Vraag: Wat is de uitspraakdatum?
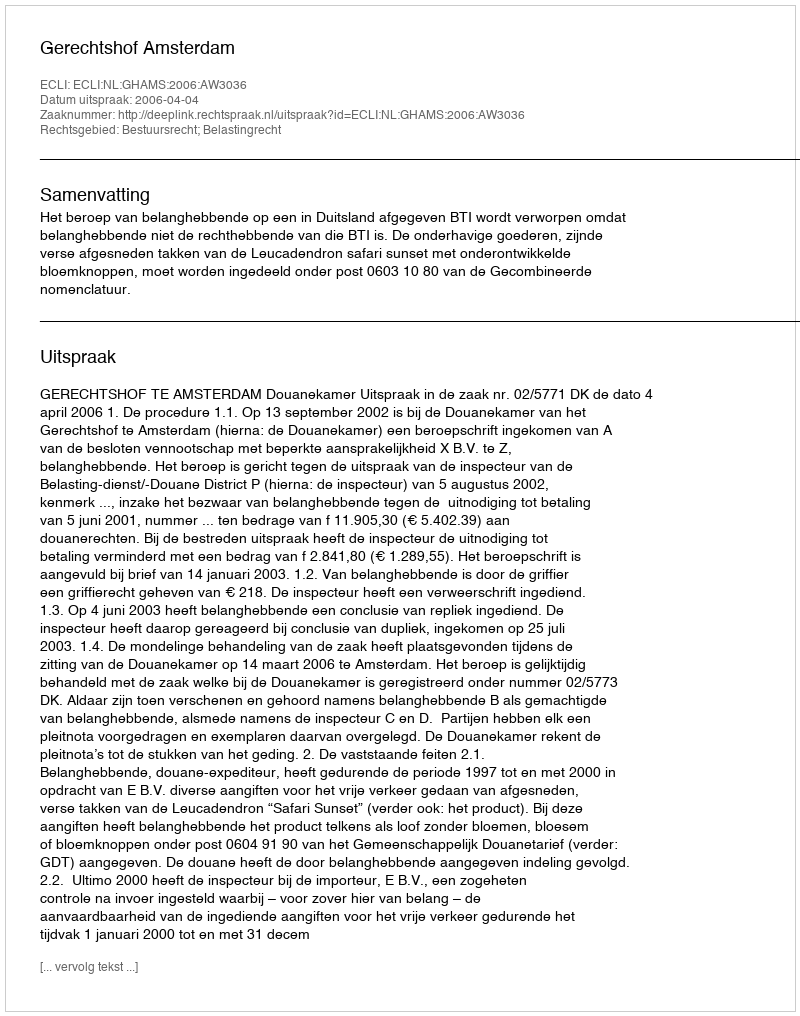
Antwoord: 2006-04-04